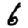
Digit: 6